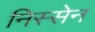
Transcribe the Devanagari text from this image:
निस्सेन